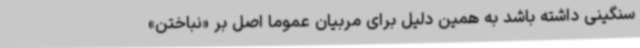
سنگینی داشته باشد به همین دلیل برای مربیان عموماً اصل بر «نباختن»